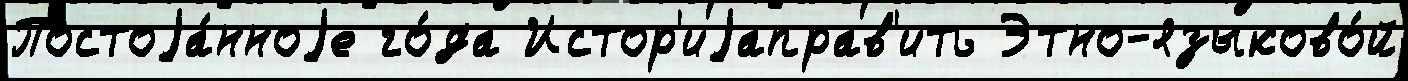
Постоjа́нноjе го́да Истор'иjаправ'ить Этно-языково́й